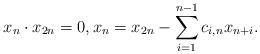
LaTeX: \begin{align*} x_n\cdot x_{2n}=0, x_n=x_{2n}-\sum_{i=1}^{n-1} c_{i,n}x_{n+i}.\end{align*}